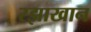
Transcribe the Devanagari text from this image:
रझाखान